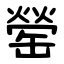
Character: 罃